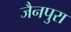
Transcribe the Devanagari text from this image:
जैनपुरा